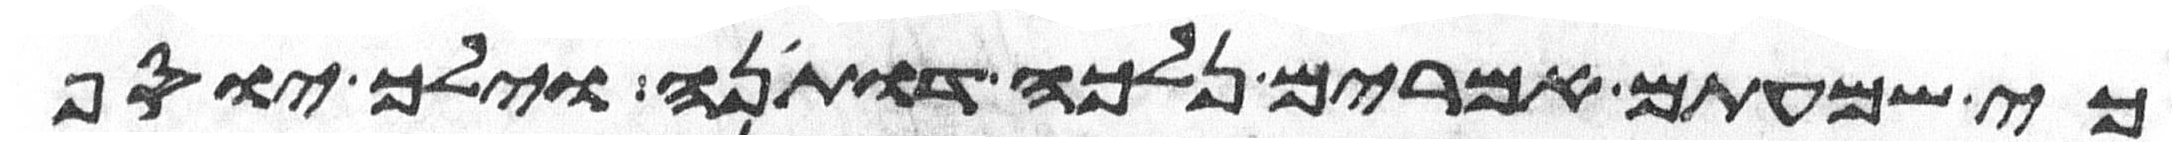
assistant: כי שמעתים אמרים נלכה דותינה וילך יוסף